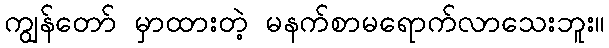
ကျွန်တော် မှာထားတဲ့ မနက်စာမရောက်လာသေးဘူး။